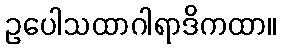
ဥပေါသထာဂါရာဒိကထာ။